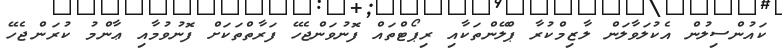
ކައުންސިލުން އެކުލަވާލަން ލާޒިމްކުރާ ޕްލޭންތަކާއި ރިޕޯޓްތައް ފޮނުވަންޖެހޭ ފަރާތްތަކަށް ފޮނުވުމާއި ޢާންމު ކުރަންޖެހޭ